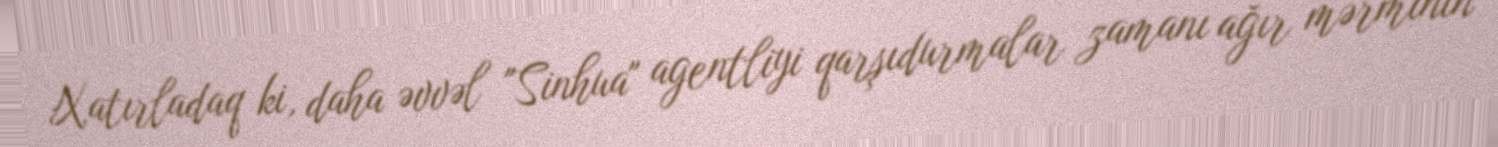
Xatırladaq ki, daha əvvəl "Sinhua" agentliyi qarşıdurmalar zamanı ağır mərminin